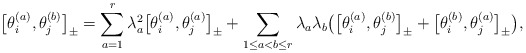
\begin{gather*}\big[\theta_i^{(a)},\theta_j^{(b)}\big]_{\pm} =\sum_{a=1}^{r} \lambda_{a}^2 \big[\theta_i^{(a)},\theta_j^{(a)}\big]_{\pm} + \sum_{1 \le a < b \le r}\lambda_{a} \lambda_b\big(\big[\theta_i^{(a)},\theta_j^{(b)}\big]_{\pm}+\big[\theta_i^{(b)},\theta_j^{(a)}\big]_{\pm} \big),\end{gather*}